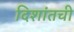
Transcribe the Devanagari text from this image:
दिशांतची